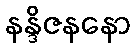
နန္ဒိဇနနော